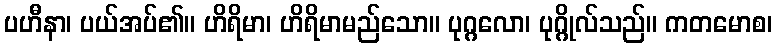
ပဟီနာ၊ ပယ်အပ်၏။ ဟိရိမာ၊ ဟိရိမာမည်သော။ ပုဂ္ဂလော၊ ပုဂ္ဂိုလ်သည်။ ကတမောစ၊